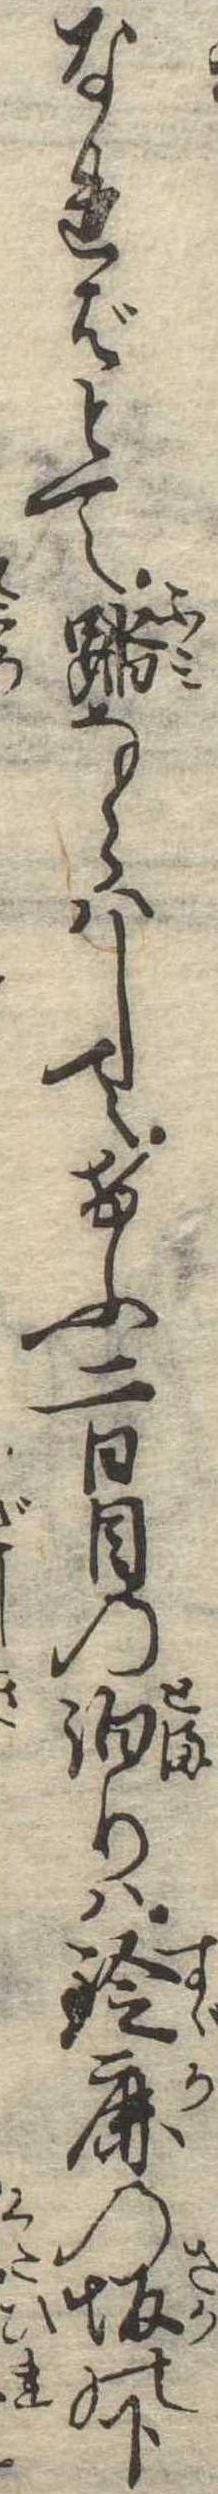
なればとて踏ならはしてけふ二日目の泊りは鈴鹿の坂の下